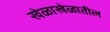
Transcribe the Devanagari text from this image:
खेळाखेळातील